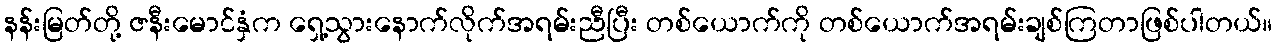
နန်းမြတ်တို့ ဇနီးမောင်နှံက ရှေ့သွားနောက်လိုက်အရမ်းညီပြီး တစ်ယောက်ကို တစ်ယောက်အရမ်းချစ်ကြတာဖြစ်ပါတယ်။